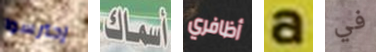
إحترسوا أسماك أظافري a في